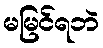
မမြင်ရဘဲ